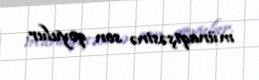
münaqişəsinə son qoyulur.